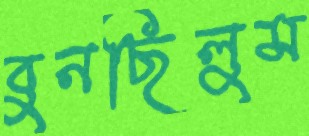
বুনছিলুম